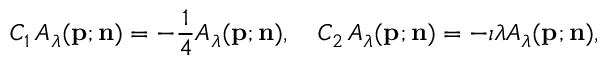
C _ { 1 } \, A _ { \lambda } ( { \bf p } ; { \bf n } ) = - \frac { 1 } { 4 } A _ { \lambda } ( { \bf p } ; { \bf n } ) , \quad { C _ { 2 } } \, A _ { \lambda } ( { \bf p } ; { \bf n } ) = - \imath { \lambda } A _ { \lambda } ( { \bf p } ; { \bf n } ) ,